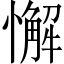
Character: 懈